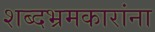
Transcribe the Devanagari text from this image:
शब्दभ्रमकारांना